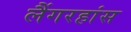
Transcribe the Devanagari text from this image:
लैंगरहांस